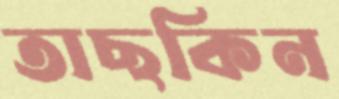
তাছকিন